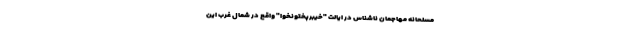
مسلحانه مهاجمان ناشناس در ایالت "خیبرپختونخوا" واقع در شمال غرب این